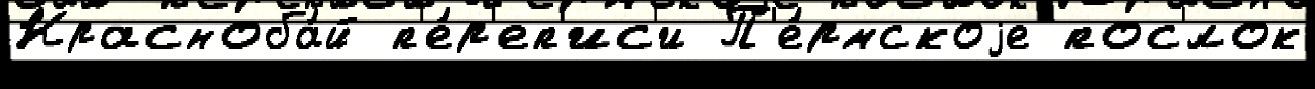
Красноба́й п'е́р'еп'ис'и П'е́рмскоjе пос'́лок